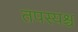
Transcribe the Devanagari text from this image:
तपस्यश्च